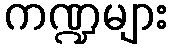
ကဏ္ဍများ